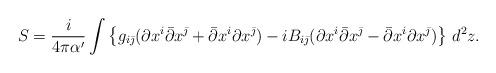
LaTeX: \begin{align*}S = \frac i{4\pi\alpha^\prime}\int\left\{g_{i\bar\jmath} (\partial x^i\bar\partial x^{\bar\jmath}+ \bar\partial x^i\partial x^{\bar\jmath}) -iB_{i\bar\jmath}(\partial x^i\bar\partial x^{\bar\jmath}- \bar\partial x^i\partial x^{\bar\jmath}) \right\}\,d^2z. \end{align*}